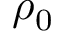
\rho _ { 0 }